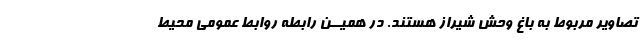
تصاویر مربوط به باغ وحش شیراز هستند. در همیــن رابطه روابط عمومى محیط